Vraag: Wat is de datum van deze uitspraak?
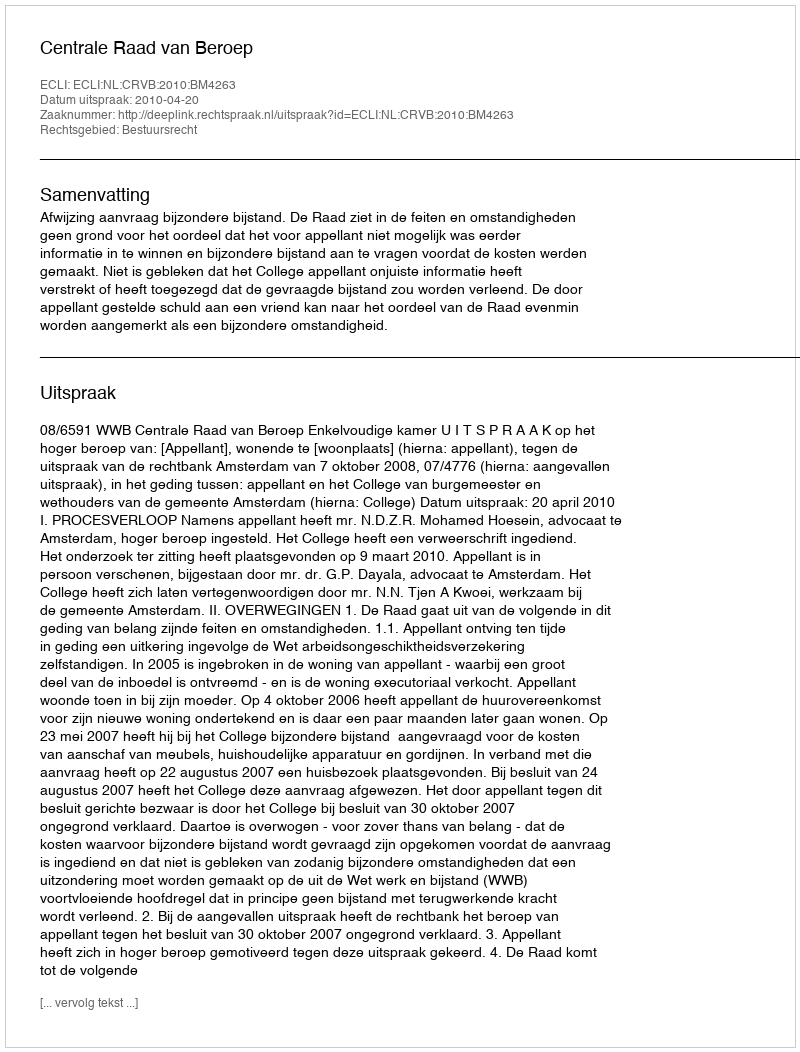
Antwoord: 2010-04-20